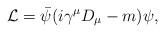
LaTeX: \begin{align*}\mathcal{L} = \Bar{\psi}(i\gamma^\mu D_\mu - m)\psi,\end{align*}